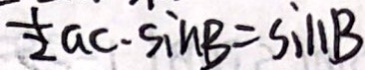
\frac { 1 } { 2 } a c \cdot \sin B = \sin B